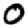
Digit: 0